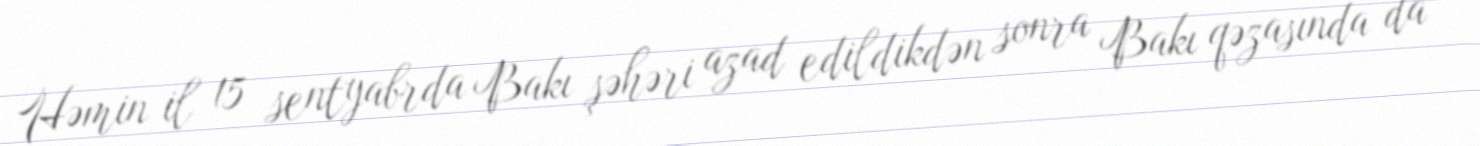
Həmin il 15 sentyabrda Bakı şəhəri azad edildikdən sonra Bakı qəzasında da